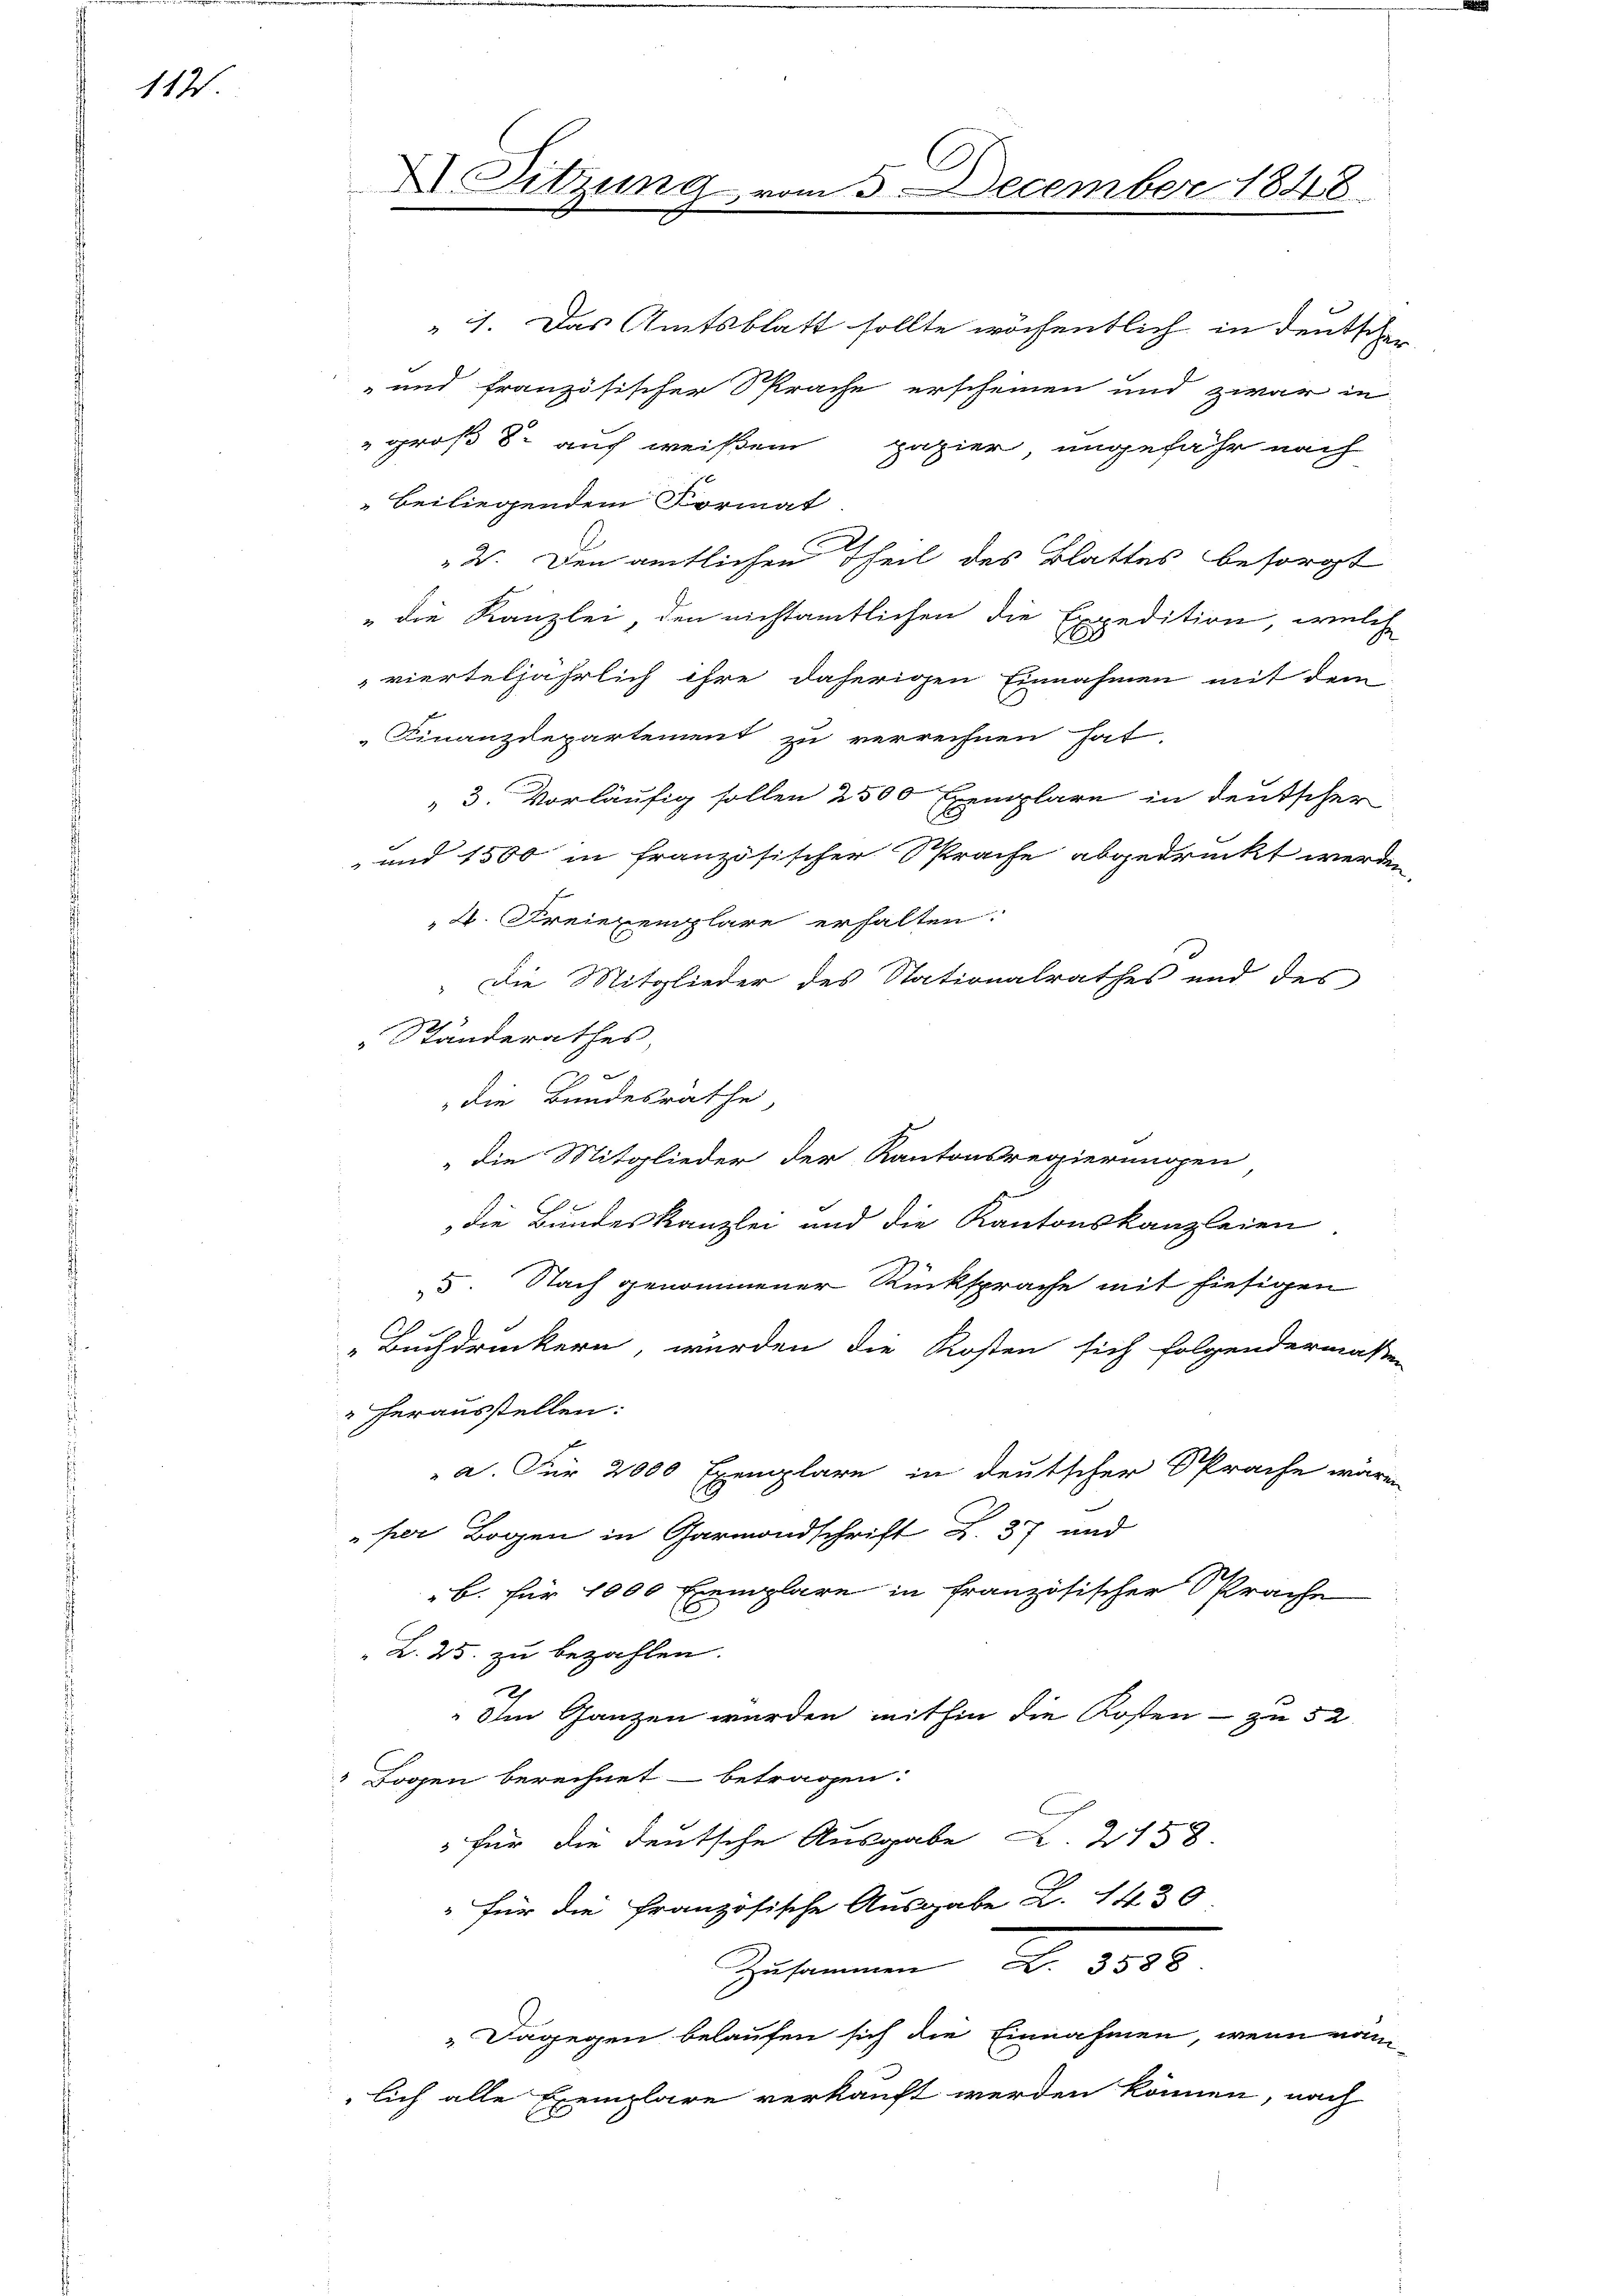
112

X Sitzung

25 December 1848.

1. Das Amtsblatt sollte wöchentlich in deutschen
 und französischer Sprache erscheinen und zwar in
groß 8. auf weißem papier ungefähr nach
Beiliegendem Format
2. Den amtlichen Theil des Blattes besorgt
"die Kanzlei, den nichtamtlichen die Expedition, welch
vierteljährlich ihre daherigen Einnahmen mit dem
Finanzdepartement zu verrechnen hat.
3. Vorläufig sollen 2500 Exemplare in deutscher
 und 1500 in französischer Sprache abgedruckt werden,
4. Freiexemplare erhalten.
Die Mitglieder des Stationalrathes und des
Ständerathes,
die Bundesrathe,
"die Mitglieder der Kantonsregierungen
die Bundeskanzlei und die Kantonskanzleien
5. Nach genommener Rücksprache mit hiesigen
„Buchdruckern, wurden die Kosten sich folgendermaßen
herausstellen:
a. Für 2000 Exemplare in deutscher Sprache wären
„per Bogen in Garmondschrift Z. 37 und
B. für 1000 Exemplare in französischer Sprache
L. 25. zu bezahlen.
2
Im Ganzen wurden mithin die Kosten - zu 52
 Bogen berechnet betragen:
 für die deutsche Ausgabe . 2158.
" für die französische Ausgabe Z. 1430
Zusammen Art. 8000.
" Dagegen belaufen sich die Einnahmen, wenn nam
lich alle Exemplare verkauft werden können, nach